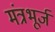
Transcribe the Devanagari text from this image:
मंत्रभूर्ज